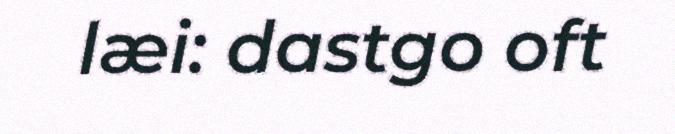
læi: dastgo oft